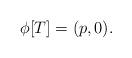
LaTeX: \begin{gather*} \phi[T]= (p, 0). \end{gather*}